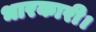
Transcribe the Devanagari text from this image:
भारकारी।